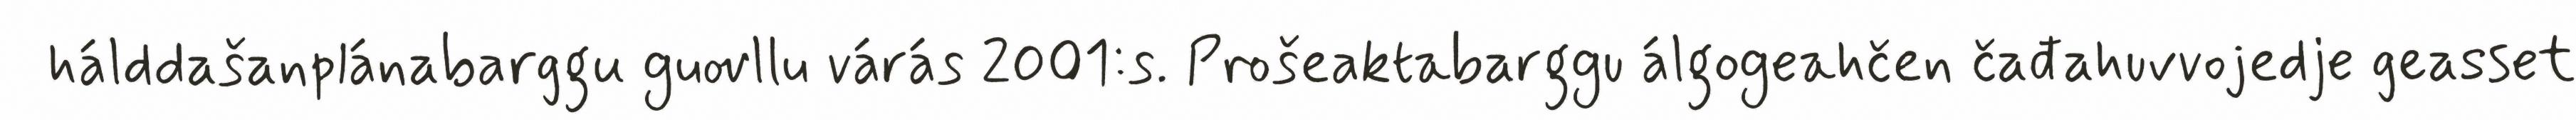
hálddašanplánabarggu guovllu várás 2001:s. Prošeaktabarggu álgogeahčen čađahuvvojedje geasset